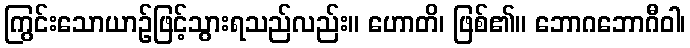
ကြွင်းသောယာဉ်ဖြင့်သွားရသည်လည်း။ ဟောတိ၊ ဖြစ်၏။ ဘောဂဘောဂီဝါ၊